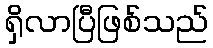
ရှိလာပြီဖြစ်သည်